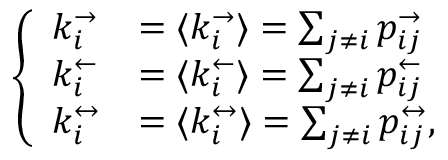
\left\{ \begin{array} { l l } { k _ { i } ^ { \rightarrow } } & { = \langle k _ { i } ^ { \rightarrow } \rangle = \sum _ { j \neq i } p _ { i j } ^ { \rightarrow } } \\ { k _ { i } ^ { \leftarrow } } & { = \langle k _ { i } ^ { \leftarrow } \rangle = \sum _ { j \neq i } p _ { i j } ^ { \leftarrow } } \\ { k _ { i } ^ { \leftrightarrow } } & { = \langle k _ { i } ^ { \leftrightarrow } \rangle = \sum _ { j \neq i } p _ { i j } ^ { \leftrightarrow } , } \end{array} \right.